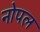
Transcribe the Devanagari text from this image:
नोपल